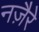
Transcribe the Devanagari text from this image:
नज़ैरे